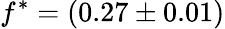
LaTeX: f^{\ast}=(0.27\pm 0.01)